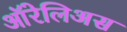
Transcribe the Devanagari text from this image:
ऑरेलिअस